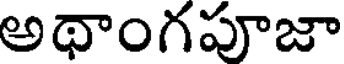
అథాంగపూజా